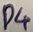
Text: D4